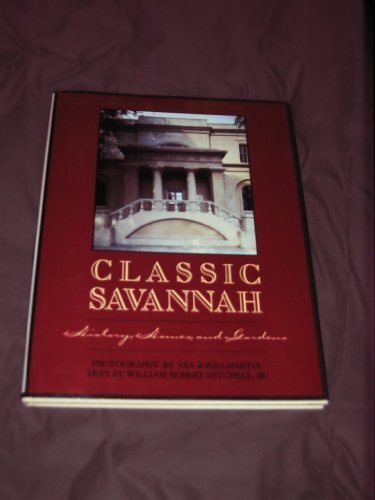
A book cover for Classic Savannah; William Robert, Jr. Mitchell; Travel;